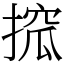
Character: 搲